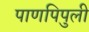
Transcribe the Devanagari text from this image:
पाणपिपुली